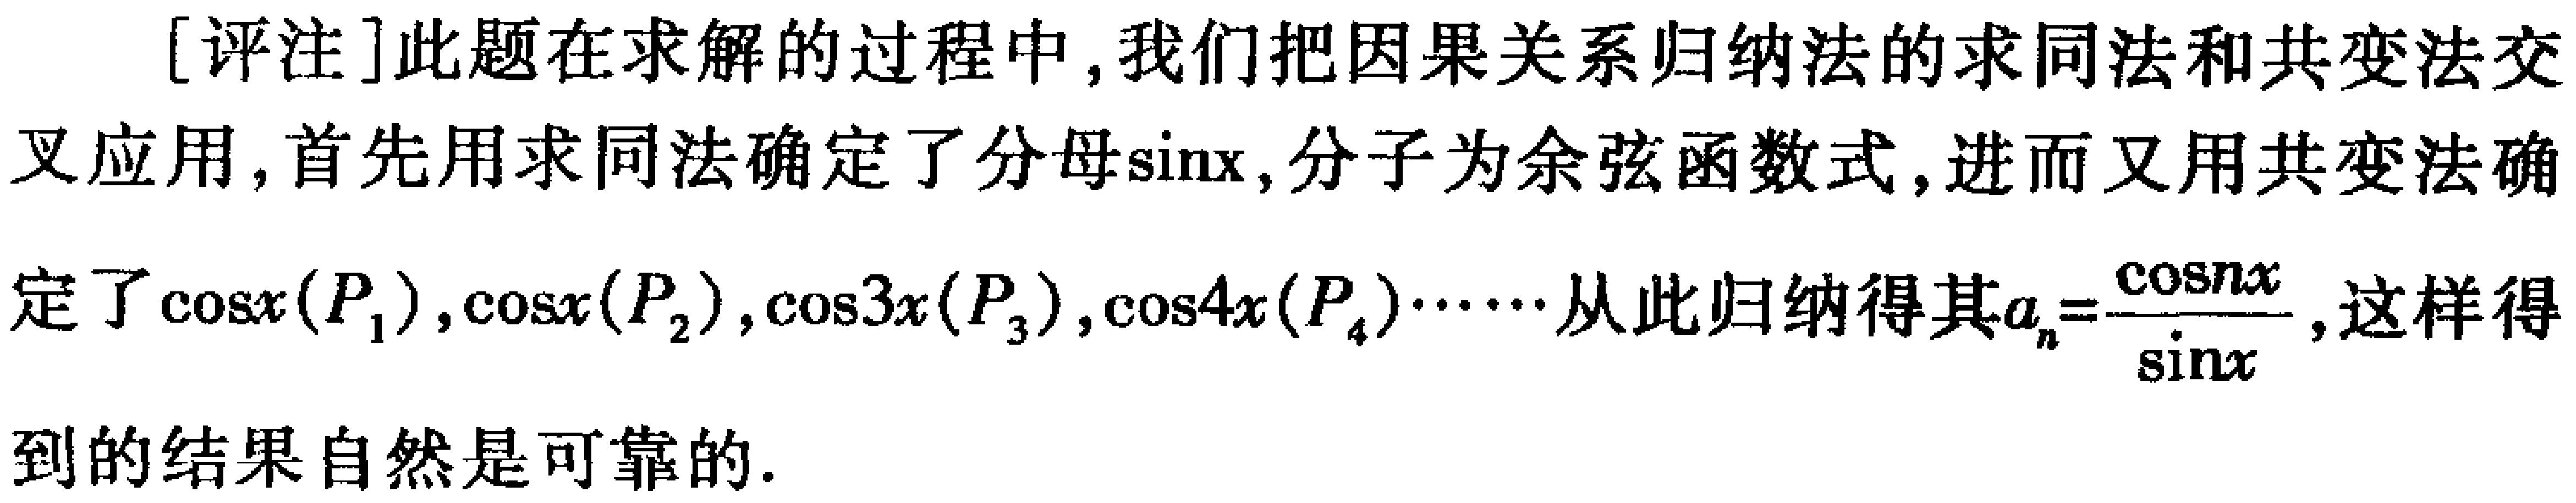
[评注]此题在求解的过程中, 我们把因果关系归纳法的求同法和共变法交叉应用, 首先用求同法确定了分母\(\sin x\), 分子为余弦函数式, 进而又用共变法确定了\(\cos x(P_1),\cos x(P_2),\cos 3x(P_3),\cos 4x(P_4)\cdots\cdots\)从此归纳得其\(a_{n}=\frac{\cos nx}{\sin x}\), 这样得到的结果自然是可靠的.